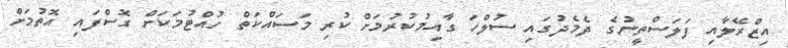
އިޒްރޭލާއި ފަލަސްތީނުގެ ދެމެދުގައި ސުލްހަ ގާއިމުކުރުމަށް ކުރި މަސައްކަތް ހުއްޓުމަކަށް ގޮސްފައި އޮތުމަށް